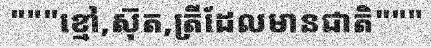
"""ខ្មៅ,ស៊ុត,ត្រីដែលមានជាតិ"""